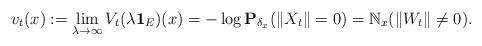
LaTeX: \begin{align*} v_t(x):= \lim_{\lambda\to \infty} V_t(\lambda\mathbf 1_E)(x)= -\log \mathbf P_{\delta_x} (\|X_t\|=0)= \mathbb N_x(\|W_t\|\neq 0).\end{align*}